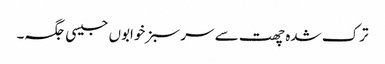
ترک شدہ چھت سے سر سبز خوابوں جیسی جگہ۔